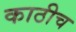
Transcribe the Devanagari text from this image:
काठीच